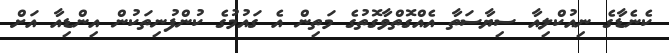
ކެނެޑާގެ ނިއުކްލިއާ ސިޔާސަތާ އެއްގޮތްވާގޮތުގެ މަތިން އެ ގައުމުގެ ކުންފުނިތަކުން އިންޑިއާ އަށް